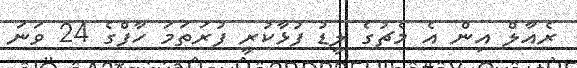
ރެއާލް އިން އެ މެޗުގެ ލީޑު ފުޅާކުރީ ފުރަތަމަ ހާފްގެ 24 ވަނަ